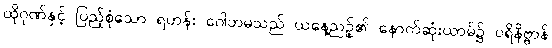
ထိုဂုဏ်နှင့် ပြည့်စုံသော ရဟန်း ဂေါတမသည် ယနေ့ညဉ့်၏ နောက်ဆုံးယာမ်၌ ပရိနိဗ္ဗာန်